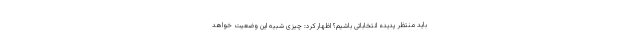
باید منتظر پدیده انتخاباتی باشیم؟ اظهار کرد: چیزی شبیه این وضعیت خواهد